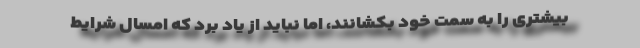
بیشتری را به سمت خود بکشانند، اما نباید از یاد برد که امسال شرایط